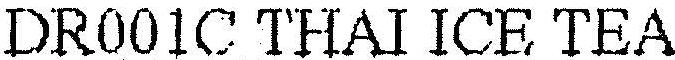
DR001C THAI ICE TEA